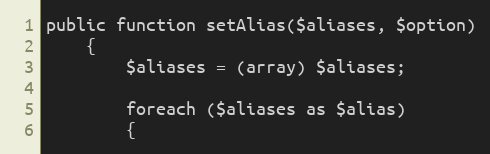
Language: PHP
public function setAlias($aliases, $option)
	{
		$aliases = (array) $aliases;

		foreach ($aliases as $alias)
		{